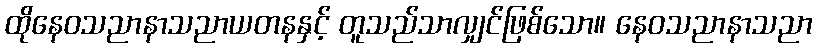
ထိုနေဝသညာနာသညာယတနနှင့် တူသည်သာလျှင်ဖြစ်သော။ နေဝသညာနာသညာ